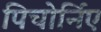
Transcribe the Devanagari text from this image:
पिचोर्निए